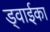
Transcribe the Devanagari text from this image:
ड्वाईका